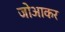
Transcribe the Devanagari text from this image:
जोआकर